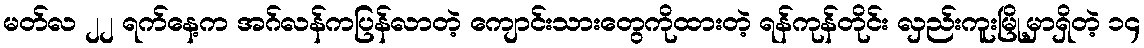
မတ်လ ၂၂ ရက်နေ့က အဂ်လန်ကပြန်လာတဲ့ ကျောင်းသားတွေကိုထားတဲ့ ရန်ကုန်တိုင်း လှည်းကူးမြို့မှာရှိတဲ့ ၁၄